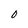
Character: 0